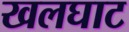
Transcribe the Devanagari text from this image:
खलघाट